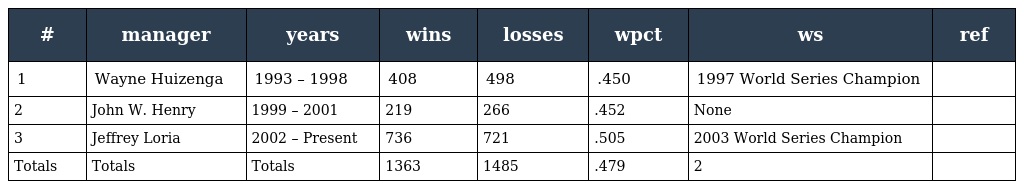
| # | manager | years | wins | losses | wpct | ws | ref |
 | --- | --- | --- | --- | --- | --- | --- | --- |
 | 1 | Wayne Huizenga | 1993 – 1998 | 408 | 498 | .450 | 1997 World Series Champion |  |
 | 2 | John W. Henry | 1999 – 2001 | 219 | 266 | .452 | None |  |
 | 3 | Jeffrey Loria | 2002 – Present | 736 | 721 | .505 | 2003 World Series Champion |  |
 | Totals | Totals | Totals | 1363 | 1485 | .479 | 2 |  |